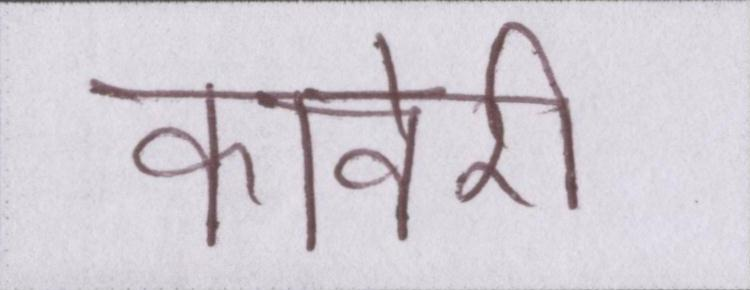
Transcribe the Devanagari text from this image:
कावेरी